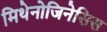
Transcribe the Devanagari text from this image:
मिथेनोजिनेसिस